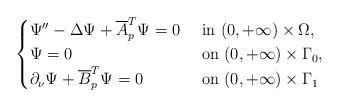
LaTeX: \begin{align*}\begin{cases}\Psi''-\Delta \Psi+ \overline A_p^T\Psi=0&\hbox{ in } (0, +\infty)\times \Omega,\\\Psi=0 & \hbox{ on } (0, +\infty)\times \Gamma_0,\\\partial_\nu \Psi+\overline B_p^T\Psi=0 &\hbox{ on } (0, +\infty)\times\Gamma_1\end{cases}\end{align*}